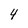
Character: 4